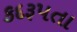
કદરૂપતા